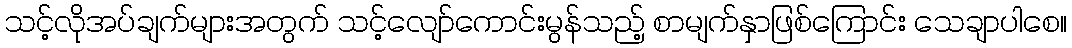
သင့်လိုအပ်ချက်များအတွက် သင့်လျော်ကောင်းမွန်သည့် စာမျက်နှာဖြစ်ကြောင်း သေချာပါစေ။